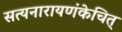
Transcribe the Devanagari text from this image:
सत्यनारायणंकेचित्